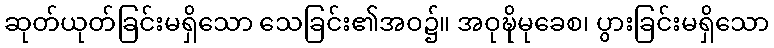
ဆုတ်ယုတ်ခြင်းမရှိသော သေခြင်း၏အဝ၌။ အဝုဍ္ဎိမုခေစ၊ ပွားခြင်းမရှိသော